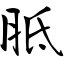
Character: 胝